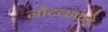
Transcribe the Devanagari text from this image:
नौदलाकडे